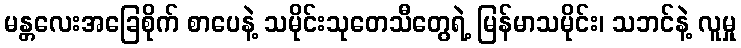
မန္တလေးအခြေစိုက် စာပေနဲ့ သမိုင်းသုတေသီတွေရဲ့ မြန်မာသမိုင်း၊ သဘင်နဲ့ လူမှု